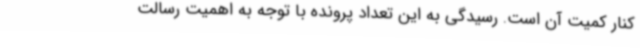
کنار کمیت آن است. رسیدگی به این تعداد پرونده با توجه به اهمیت رسالت